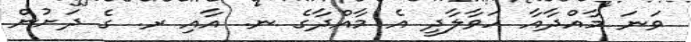
ވަނަ މާއްދާއާ ހަވާލާދީ އެ މާއްދާގެ ނ. އާއި ރ. ގެ ދަށުން